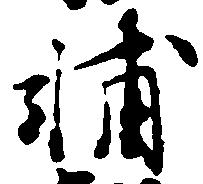
輔